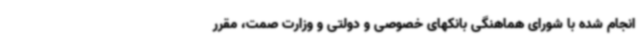
انجام شده با شورای هماهنگی بانکهای خصوصی و دولتی و وزارت صمت، مقرر